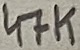
Text: 47K